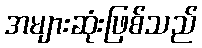
အများဆုံးဖြစ်သည်